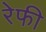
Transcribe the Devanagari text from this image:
रेफी